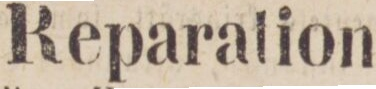
Reparation